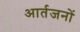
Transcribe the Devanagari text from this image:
आर्तजनों